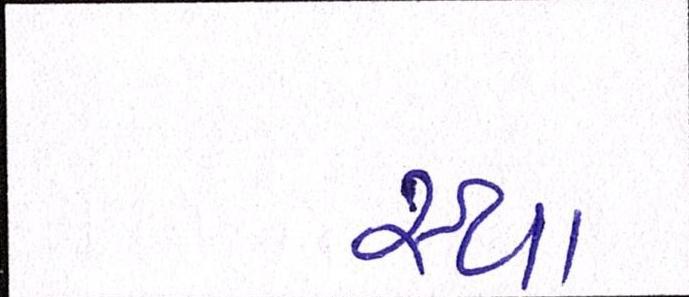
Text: સ્થા